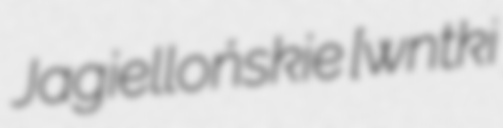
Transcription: Jagiellońskie [ˈwɔnt͡ʂki